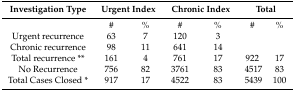
| Investigation Type | <COLSPAN=2> Urgent Index | <COLSPAN=2> Chronic Index | <COLSPAN=2> Total |
 | --- | --- | --- | --- | --- | --- | --- |
 |  | # | % | # | % | # | % |
 | Urgent recurrence | 63 | 7 | 120 | 3 |  |  |
 | Chronic recurrence | 98 | 11 | 641 | 14 |  |  |
 | Total recurrence ** | 161 | 4 | 761 | 17 | 922 | 17 |
 | No Recurrence | 756 | 82 | 3761 | 83 | 4517 | 83 |
 | Total Cases Closed * | 917 | 17 | 4522 | 83 | 5439 | 100 |